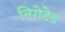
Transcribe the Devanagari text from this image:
निगेटेड